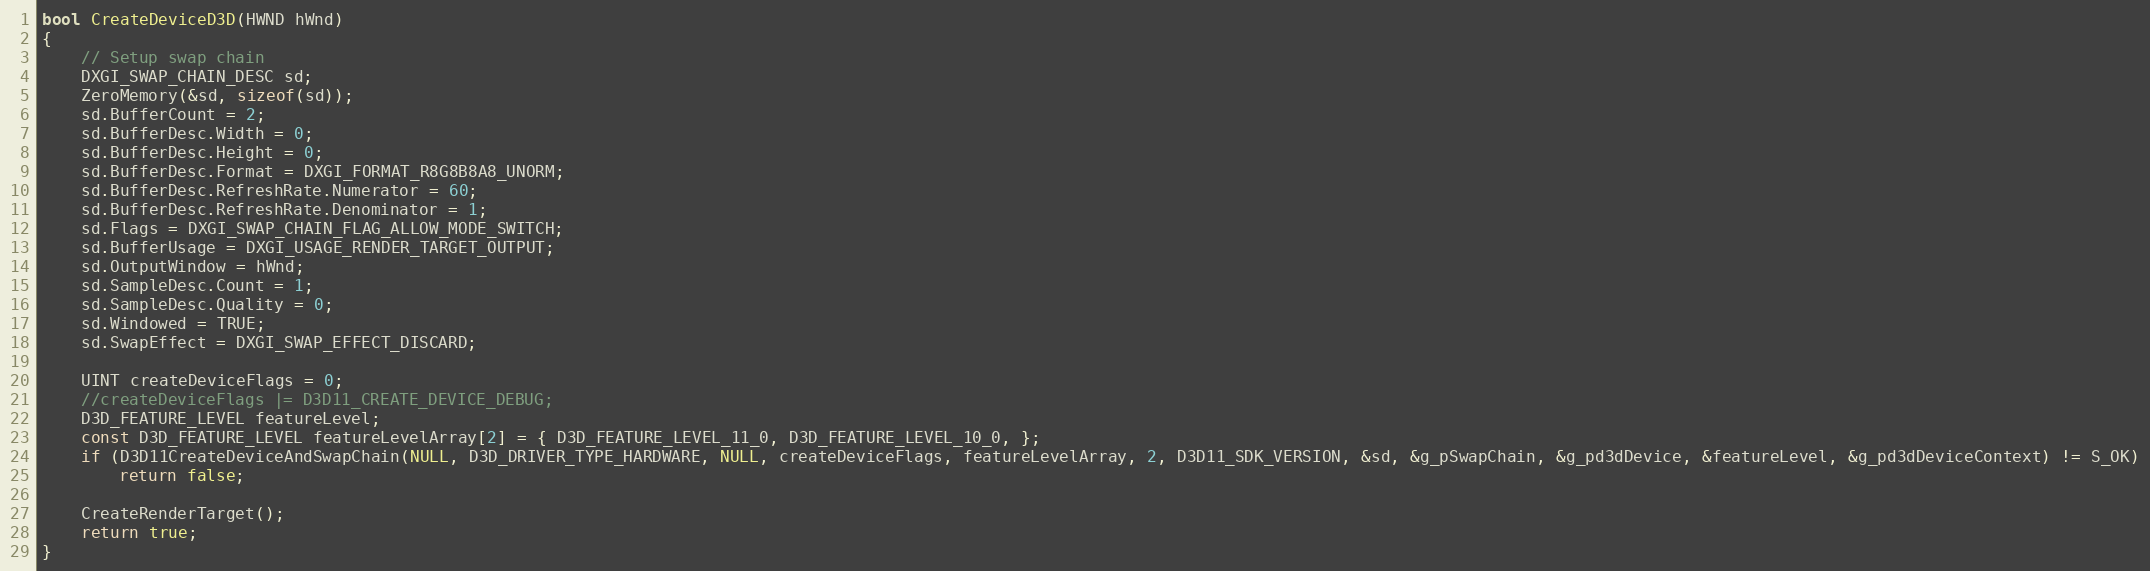
Language: C++
bool CreateDeviceD3D(HWND hWnd)
{
    // Setup swap chain
    DXGI_SWAP_CHAIN_DESC sd;
    ZeroMemory(&sd, sizeof(sd));
    sd.BufferCount = 2;
    sd.BufferDesc.Width = 0;
    sd.BufferDesc.Height = 0;
    sd.BufferDesc.Format = DXGI_FORMAT_R8G8B8A8_UNORM;
    sd.BufferDesc.RefreshRate.Numerator = 60;
    sd.BufferDesc.RefreshRate.Denominator = 1;
    sd.Flags = DXGI_SWAP_CHAIN_FLAG_ALLOW_MODE_SWITCH;
    sd.BufferUsage = DXGI_USAGE_RENDER_TARGET_OUTPUT;
    sd.OutputWindow = hWnd;
    sd.SampleDesc.Count = 1;
    sd.SampleDesc.Quality = 0;
    sd.Windowed = TRUE;
    sd.SwapEffect = DXGI_SWAP_EFFECT_DISCARD;

    UINT createDeviceFlags = 0;
    //createDeviceFlags |= D3D11_CREATE_DEVICE_DEBUG;
    D3D_FEATURE_LEVEL featureLevel;
    const D3D_FEATURE_LEVEL featureLevelArray[2] = { D3D_FEATURE_LEVEL_11_0, D3D_FEATURE_LEVEL_10_0, };
    if (D3D11CreateDeviceAndSwapChain(NULL, D3D_DRIVER_TYPE_HARDWARE, NULL, createDeviceFlags, featureLevelArray, 2, D3D11_SDK_VERSION, &sd, &g_pSwapChain, &g_pd3dDevice, &featureLevel, &g_pd3dDeviceContext) != S_OK)
        return false;

    CreateRenderTarget();
    return true;
}